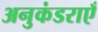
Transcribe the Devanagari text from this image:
अनुकंडराएँ